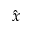
\hat { x }